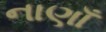
નાણાઁ